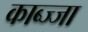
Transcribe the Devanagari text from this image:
काब्ज्जा